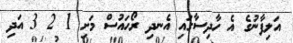
އަލިފާނުގެ އެ ހާދިސާގައި އެނދި ރޯހައުސް މަށި 1 2 3 އަދި